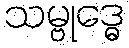
သမ္ဗုဒ္ဓေ